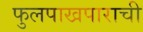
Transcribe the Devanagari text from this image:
फुलपाखपाराची